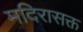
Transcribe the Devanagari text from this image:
मदिरासक्त